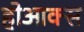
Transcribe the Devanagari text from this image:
होआक्स